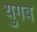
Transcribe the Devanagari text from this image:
युगब